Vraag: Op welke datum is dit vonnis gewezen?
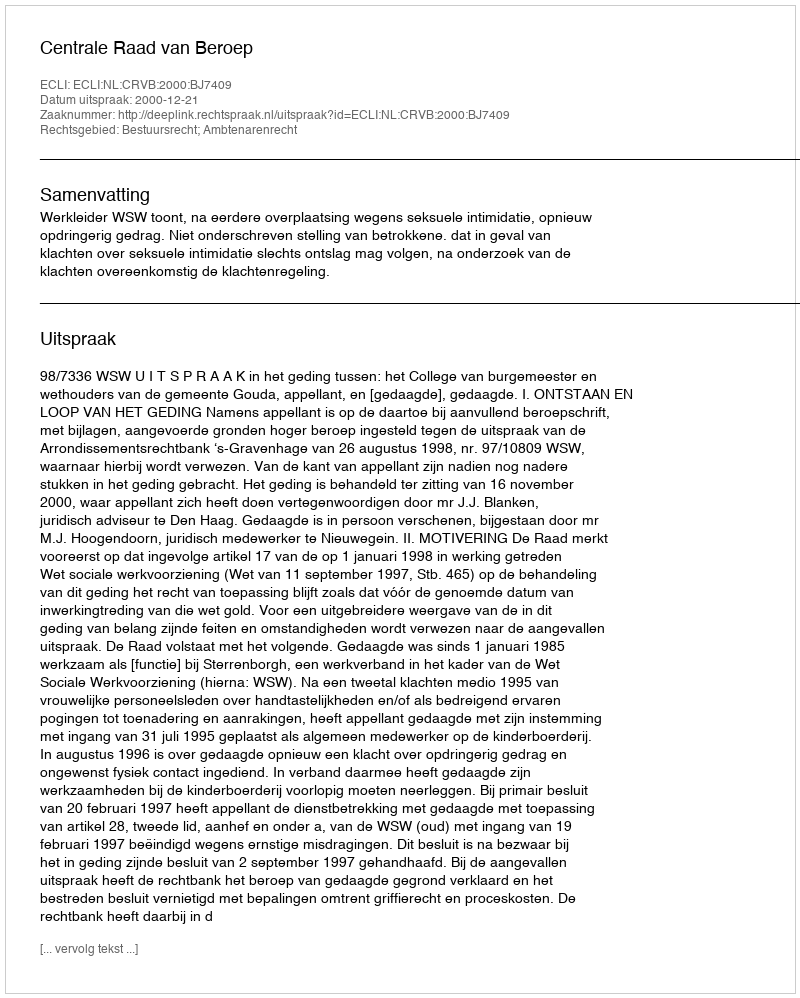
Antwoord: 2000-12-21